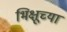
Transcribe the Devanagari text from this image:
भिक्षूच्या